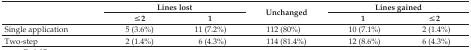
| <ROWSPAN=2>  | <COLSPAN=2> Lines lost | <ROWSPAN=2> Unchanged | <COLSPAN=2> Lines gained |
 | ≤ 2 | 1 | 1 | ≤ 2 |
 | --- | --- | --- | --- | --- | --- |
 | Single application | 5 (3.6%) | 11 (7.2%) | 112 (80%) | 10 (7.1%) | 2 (1.4%) |
 | Two-step | 2 (1.4%) | 6 (4.3%) | 114 (81.4%) | 12 (8.6%) | 6 (4.3%) |